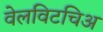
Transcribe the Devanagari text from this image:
वेलविटचिअ